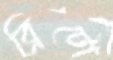
ব্রিটো